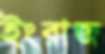
ইংরাজ